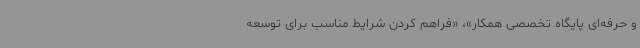
و حرفه‌ای پایگاه تخصصی همکار»، «فراهم کردن شرایط مناسب برای توسعه